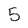
Character: 5